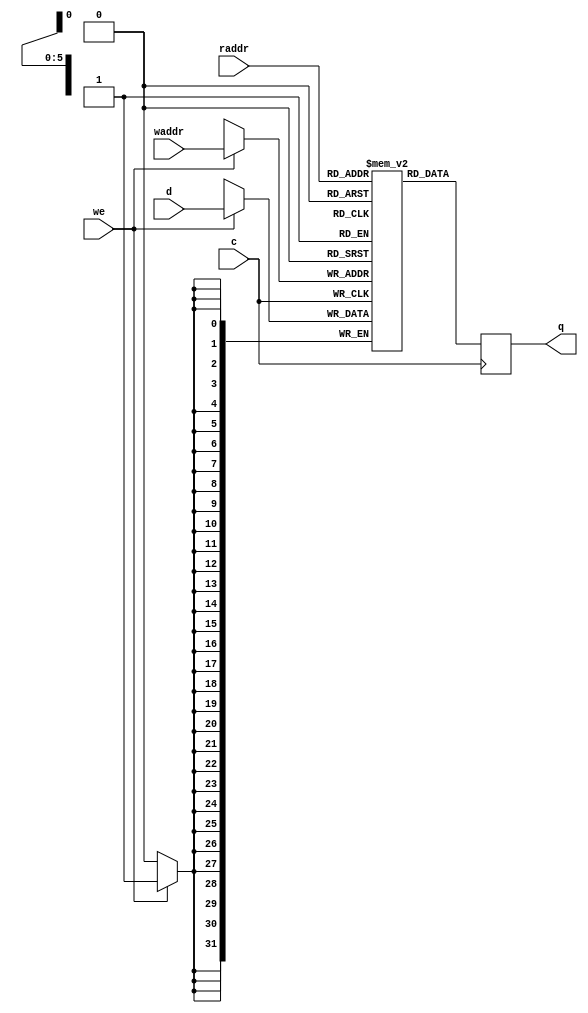
module ram_64x32
(output reg [31:0] q,
 input [31:0] d,
 input [5:0] waddr, 
 input [5:0] raddr,
 input we, 
 input c);

reg [31:0] mem [63:0];
always @ (posedge c) begin
  if (we)
    mem[waddr] <= d;
  q <= mem[raddr]; // q doesn't get d in this clock cycle
end

`ifdef SIM
wire [31:0] a00 = mem[0];
wire [31:0] a01 = mem[1];
wire [31:0] a02 = mem[2];
wire [31:0] a03 = mem[3];
wire [31:0] a04 = mem[4];
wire [31:0] a05 = mem[5];
wire [31:0] a06 = mem[6];
wire [31:0] a07 = mem[7];
wire [31:0] a08 = mem[8];
wire [31:0] a09 = mem[9];
wire [31:0] a0a = mem[10];
wire [31:0] a0b = mem[11];
wire [31:0] a0c = mem[12];
wire [31:0] a0d = mem[13];
wire [31:0] a0e = mem[14];
wire [31:0] a0f = mem[15];
wire [31:0] a10 = mem[16];
wire [31:0] a11 = mem[17];
wire [31:0] a12 = mem[18];
wire [31:0] a13 = mem[19];
wire [31:0] a14 = mem[20];
wire [31:0] a15 = mem[21];
wire [31:0] a16 = mem[22];
wire [31:0] a17 = mem[23];
wire [31:0] a18 = mem[24];
wire [31:0] a19 = mem[25];
wire [31:0] a1a = mem[26];
wire [31:0] a1b = mem[27];
wire [31:0] a1c = mem[28];
wire [31:0] a1d = mem[29];
wire [31:0] a1e = mem[30];
wire [31:0] a1f = mem[31];
wire [31:0] a20 = mem[32];
wire [31:0] a21 = mem[33];
wire [31:0] a22 = mem[34];
wire [31:0] a23 = mem[35];
wire [31:0] a24 = mem[36];
wire [31:0] a25 = mem[37];
wire [31:0] a26 = mem[38];
wire [31:0] a27 = mem[39];
wire [31:0] a28 = mem[40];
wire [31:0] a29 = mem[41];
wire [31:0] a2a = mem[42];
wire [31:0] a2b = mem[43];
wire [31:0] a2c = mem[44];
wire [31:0] a2d = mem[45];
wire [31:0] a2e = mem[46];
wire [31:0] a2f = mem[47];
`endif

endmodule